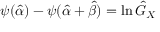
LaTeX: \psi ( { \hat { \alpha } } ) - \psi ( { \hat { \alpha } } + { \hat { \beta } } ) = \ln { \hat { G } } _ { X }